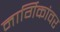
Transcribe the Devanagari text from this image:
मार्गिकांवर